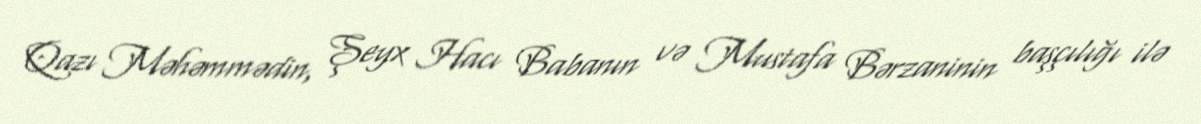
Qazı Məhəmmədin, Şeyx Hacı Babanın və Mustafa Bərzaninin başçılığı ilə